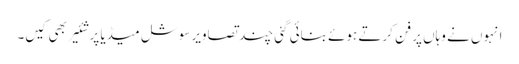
انہوں نے وہاں پر فن کرتے ہوئے بنائی گئی چند تصاویر سوشل میڈیا پر شئیر بھی کیں۔